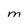
Character: m